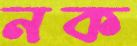
নক